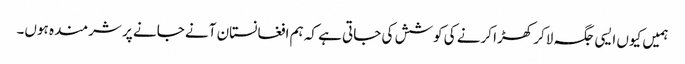
ہمیں کیوں ایسی جگہ لاکر کھڑا کرنے کی کوشش کی جاتی ہے کہ ہم افغانستان آنے جانے پر شرمندہ ہوں۔